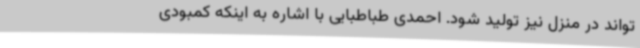
تواند در منزل نیز تولید شود. احمدی طباطبایی با اشاره به اینکه کمبودی